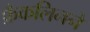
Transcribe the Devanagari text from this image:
फ्रँकलिनने